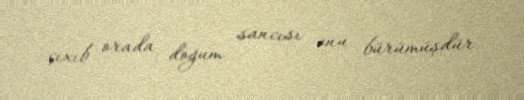
çıxıb orada doğum sancısı onu bürümüşdür.